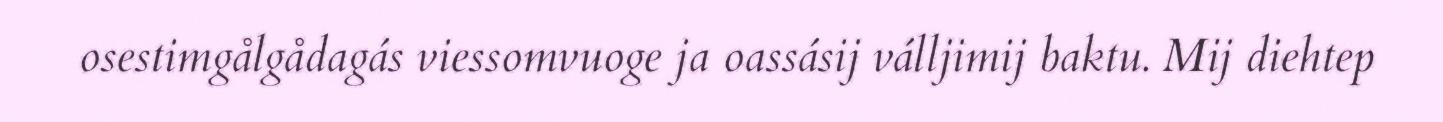
osestimgålgådagás viessomvuoge ja oassásij válljimij baktu. Mij diehtep